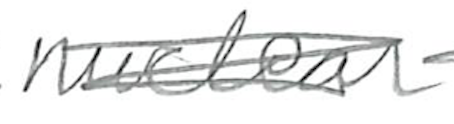
Text: nuclear
Cross-out: scratch
Writing tool: pencil